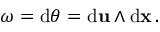
\omega = \mathrm { d } \theta = \mathrm { d } { \mathbf { u } } \wedge \mathrm { d } { \mathbf { x } } \, .